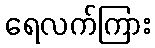
ရေလက်ကြား